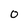
Character: O